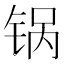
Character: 锅